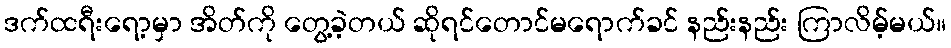
ဒက်ထရီးရော့မှာ အိတ်ကို တွေ့ခဲ့တယ် ဆိုရင်တောင်မရောက်ခင် နည်းနည်း ကြာလိမ့်မယ်။